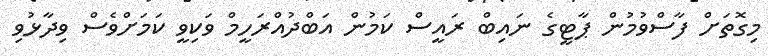
މިގޮތަށް ފާސްވުމުން ޕާޓީގެ ނައިބް ރައީސް ކަމުން އަބްދުއްރަހީމް ވަކިވީ ކަމަށްވެސް ވިދާޅުވި